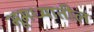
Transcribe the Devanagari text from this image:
भूमध्यातील